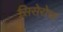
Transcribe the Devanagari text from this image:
सिसेरोचा